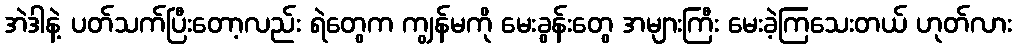
အဲဒါနဲ့ ပတ်သက်ပြီးတော့လည်း ရဲတွေက ကျွန်မကို မေးခွန်းတွေ အများကြီး မေးခဲ့ကြသေးတယ် ဟုတ်လား